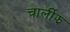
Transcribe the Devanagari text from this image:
चार्लीझ